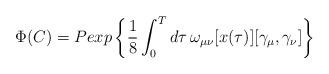
LaTeX: \begin{align*}\Phi(C)= Pexp\left\{\frac{1}{8}\int_0^T d\tau\,\omega_{\mu\nu}[x(\tau)][\gamma_\mu,\gamma_\nu]\right\}\end{align*}